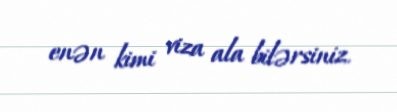
enən kimi viza ala bilərsiniz.